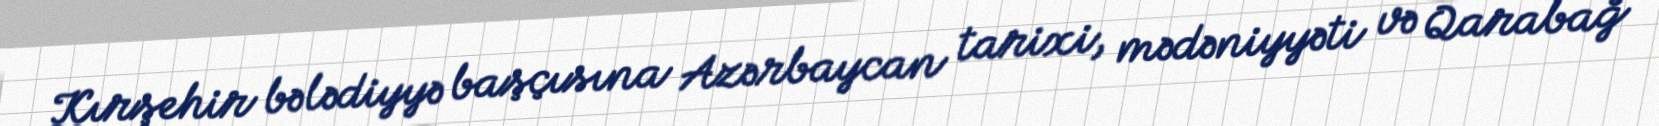
Kırşehir bələdiyyə başçısına Azərbaycan tarixi, mədəniyyəti və Qarabağ